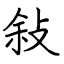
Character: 敍